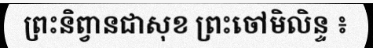
ព្រះនិព្វានជាសុខ ព្រះចៅមិលិន្ទ ៖